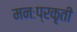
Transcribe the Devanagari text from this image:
मनःप्रकृती